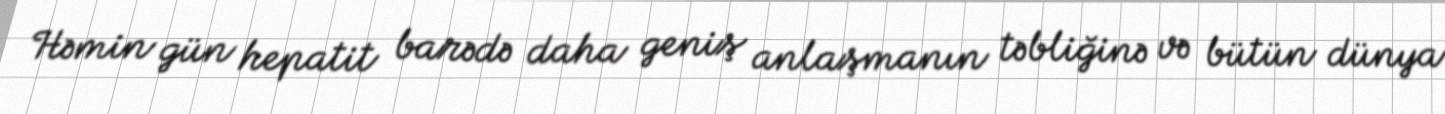
Həmin gün hepatit barədə daha geniş anlaşmanın təbliğinə və bütün dünya